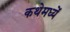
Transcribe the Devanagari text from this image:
कथेमध्यें